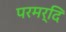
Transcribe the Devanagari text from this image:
परमर्दि